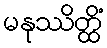
မနုဿိတ္ထိံ